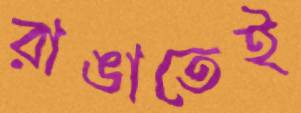
রাঙাতেই